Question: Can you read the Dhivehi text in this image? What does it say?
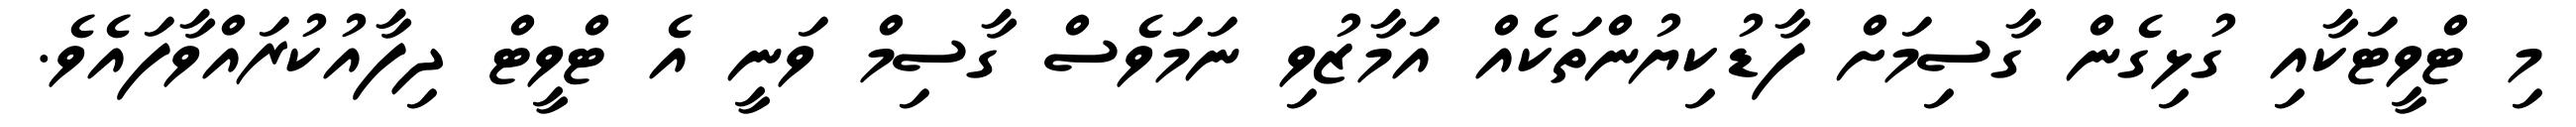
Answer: މި ޓްވީޓަކާއި ގުޅިގެން ގާސިމަށް ފާޑުކިޔުންތަކެއް އަމާޒުވި ނަމަވެސް ގާސިމް ވަނީ އެ ޓްވީޓް ދިފާއުކުރައްވާފައެވެ.